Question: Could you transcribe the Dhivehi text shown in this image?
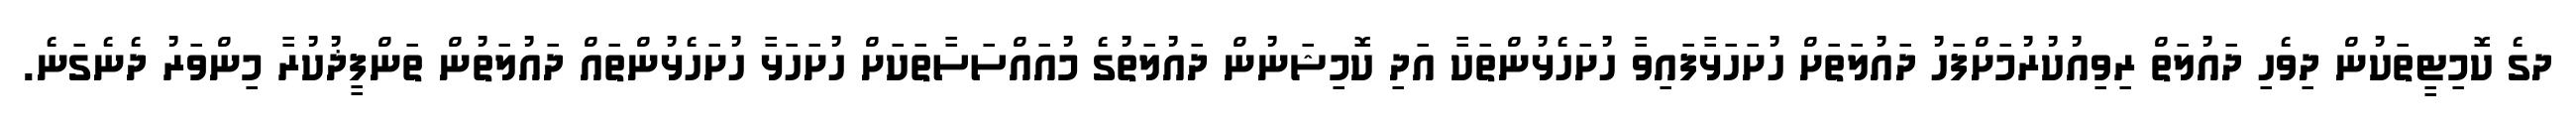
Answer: ދގެ ކޮމިޓީތަކުން ދިވެހި ދައުލަތް ރިވިއުކުރުމަށްފަހު ދައުލަތަށް ހުށަހަޅާފައިވާ ހުށަހެޅުންތަކާ އަދި ކޮމިޝަނުން ދައުލަތުގެ މުއައްސަސާތަކަށް ހުށަހަޅާ ހުށަހެޅުންތައް ދައުލަތުން ތަންފީޛުކުރާ މިންވަރު ދެނެގަނެ.